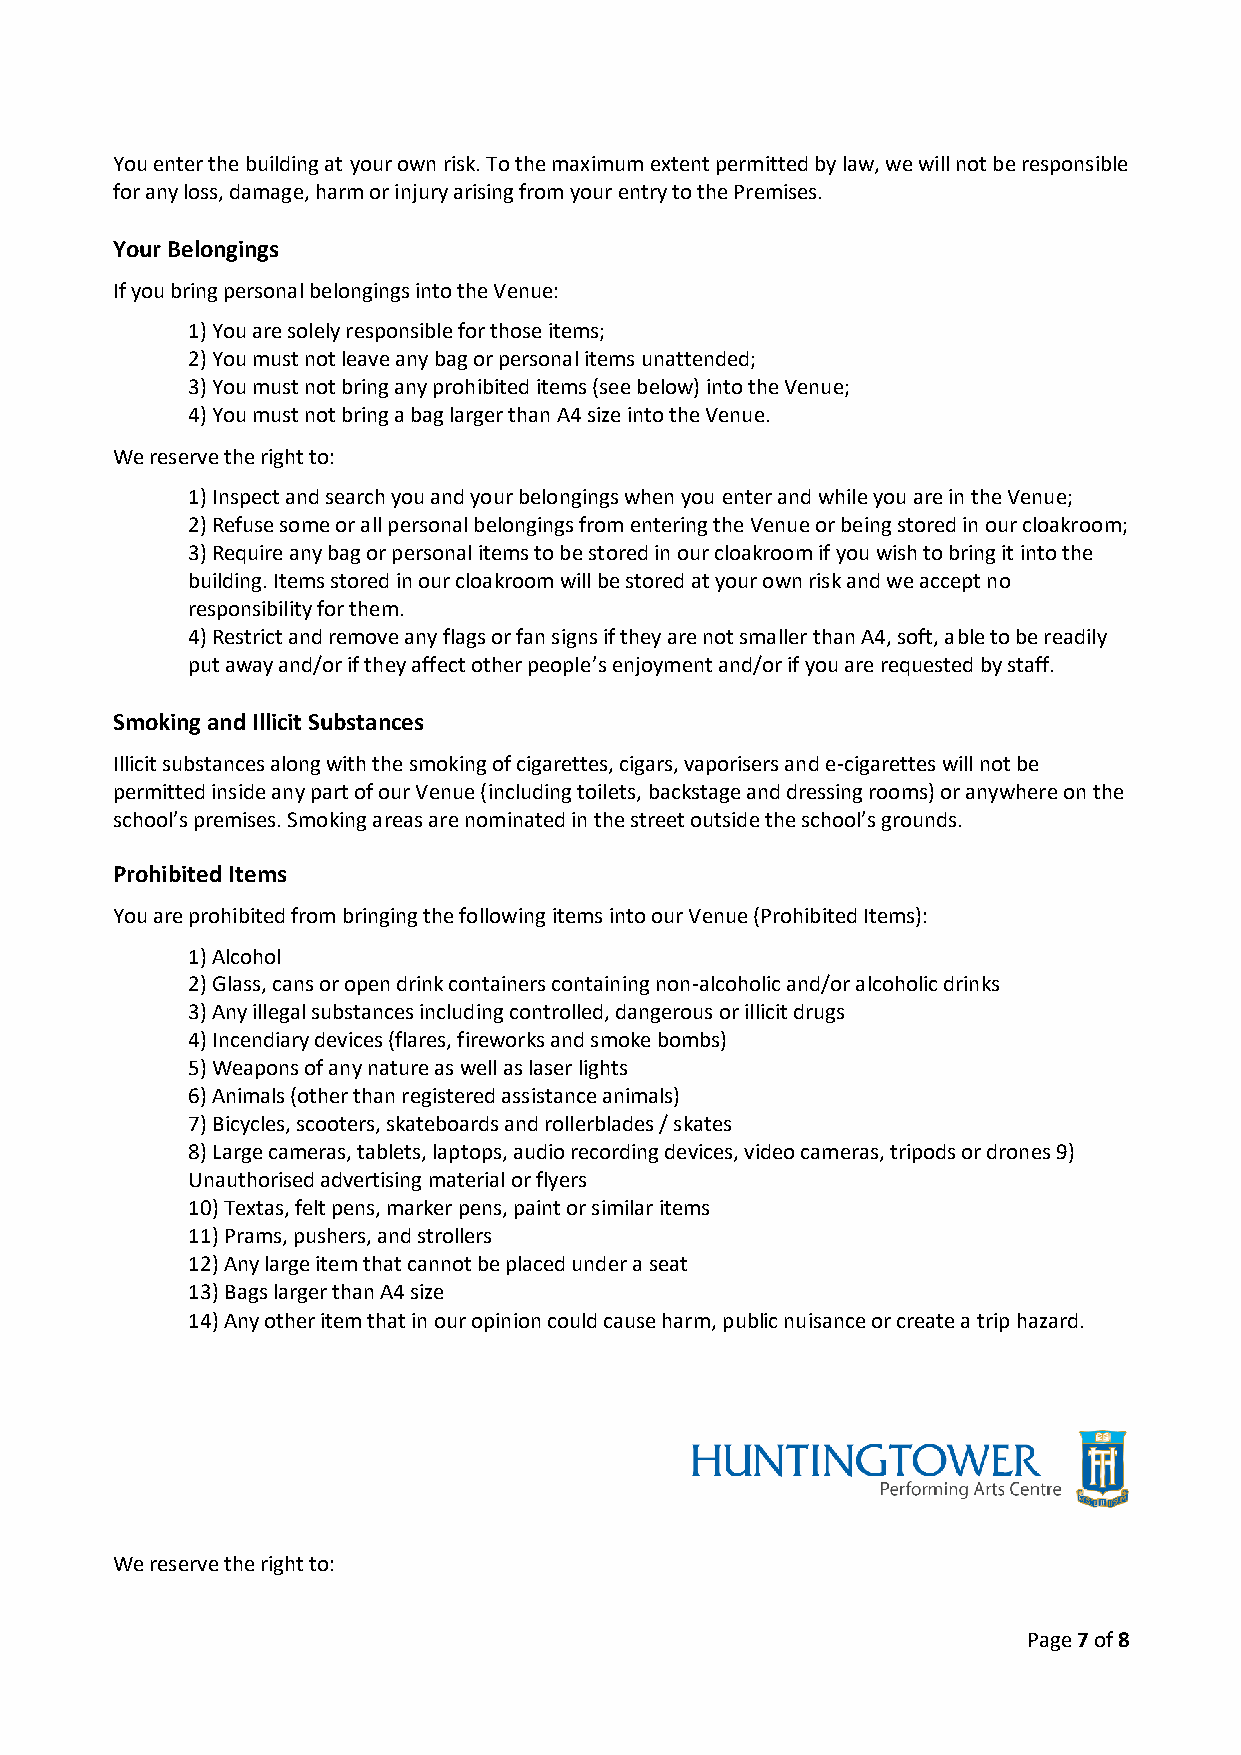
You enter the building at your own risk. To the maximum extent permitted by law, we will not be responsible
 for any loss, damage, harm or injury arising from your entry to the Premises.
 Your Belongings
 If you bring personal belongings into the Venue:
 1) You are solely responsible for those items;
 2) You must not leave any bag or personal items unattended;
 3) You must not bring any prohibited items (see below) into the Venue;
 4) You must not bring a bag larger than A4 size into the Venue.
 We reserve the right to:
 1) Inspect and search you and your belongings when you enter and while you are in the Venue;
 2) Refuse some or all personal belongings from entering the Venue or being stored in our cloakroom;
 3) Require any bag or personal items to be stored in our cloakroom if you wish to bring it into the
 building. Items stored in our cloakroom will be stored at your own risk and we accept no
 responsibility for them.
 4) Restrict and remove any flags or fan signs if they are not smaller than A4, soft, able to be readily
 put away and/or if they affect other people’s enjoyment and/or if you are requested by staff.
 Smoking and Illicit Substances
 Illicit substances along with the smoking of cigarettes, cigars, vaporisers and e-cigarettes will not be
 permitted inside any part of our Venue (including toilets, backstage and dressing rooms) or anywhere on the
 school’s premises. Smoking areas are nominated in the street outside the school’s grounds.
 Prohibited Items
 You are prohibited from bringing the following items into our Venue (Prohibited Items):
 1) Alcohol
 2) Glass, cans or open drink containers containing non-alcoholic and/or alcoholic drinks
 3) Any illegal substances including controlled, dangerous or illicit drugs
 4) Incendiary devices (flares, fireworks and smoke bombs)
 5) Weapons of any nature as well as laser lights
 6) Animals (other than registered assistance animals)
 7) Bicycles, scooters, skateboards and rollerblades / skates
 8) Large cameras, tablets, laptops, audio recording devices, video cameras, tripods or drones 9)
 Unauthorised advertising material or flyers
 10) Textas, felt pens, marker pens, paint or similar items
 11) Prams, pushers, and strollers
 12) Any large item that cannot be placed under a seat
 13) Bags larger than A4 size
 14) Any other item that in our opinion could cause harm, public nuisance or create a trip hazard.
 We reserve the right to:
 Page 7 of 8